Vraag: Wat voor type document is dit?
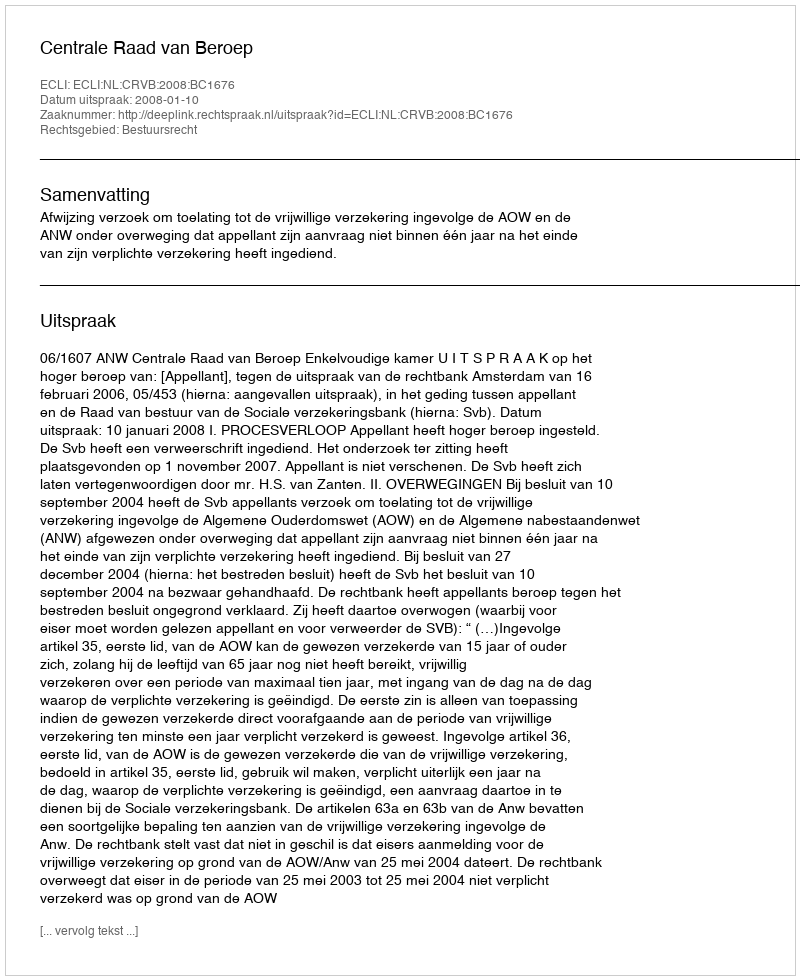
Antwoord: Uitspraak